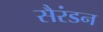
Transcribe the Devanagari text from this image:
सैरंडन